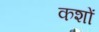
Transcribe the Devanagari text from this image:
कशों